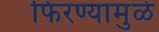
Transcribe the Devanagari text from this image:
फिरण्यामुळे